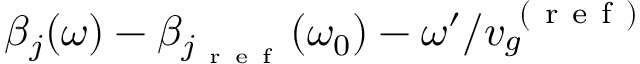
\beta _ { j } ( \omega ) - \beta _ { j _ { \mathrm { ~ r ~ e ~ f ~ } } } ( \omega _ { 0 } ) - \omega ^ { \prime } / v _ { g } ^ { \mathrm { ~ ( ~ r ~ e ~ f ~ ) ~ } }